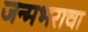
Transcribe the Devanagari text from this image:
जन्मभराचा